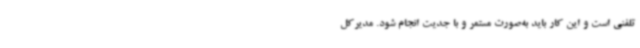
تلفنی است و این کار باید به‌صورت مستمر و با جدیت انجام شود. مدیرکل